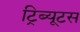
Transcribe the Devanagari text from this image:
ट्रिब्यूटस